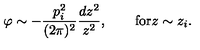
\varphi \sim - { \frac { p _ { i } ^ { 2 } } { ( 2 \pi ) ^ { 2 } } } { \frac { d z ^ { 2 } } { z ^ { 2 } } } , \quad \quad \mathrm { f o r } z \sim z _ { i } .